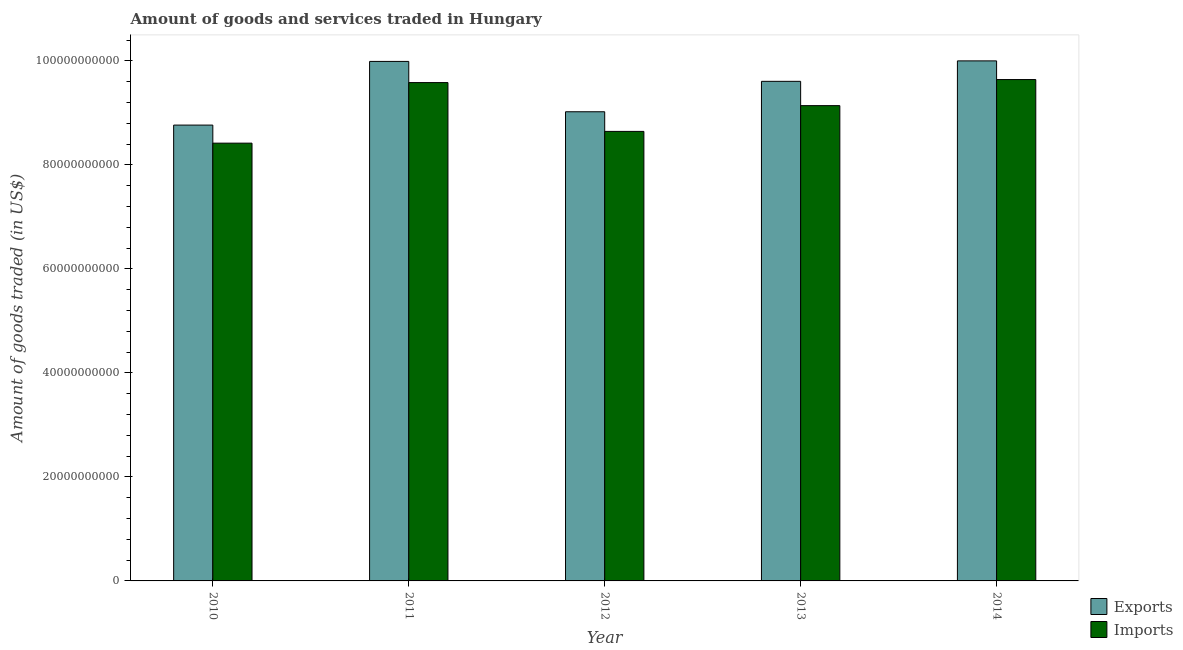
| Year | Exports | Imports |
 | --- | --- | --- |
 | 2010 | 8.77e+10 | 8.42e+10 |
 | 2011 | 9.99e+10 | 9.58e+10 |
 | 2012 | 9.02e+10 | 8.65e+10 |
 | 2013 | 9.61e+10 | 9.14e+10 |
 | 2014 | 1e+11 | 9.64e+10 |